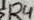
Text: D4